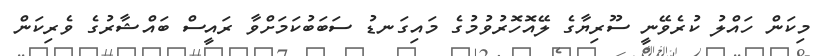
މިކަން ހައްލު ކުރެވޭނީ ސޫރިޔާގެ ލޭއޮހޮރުވުމުގެ މައިގަނޑު ސަބަބުކަމަށްވާ ރައީސް ބައްޝާރުގެ ވެރިކަން